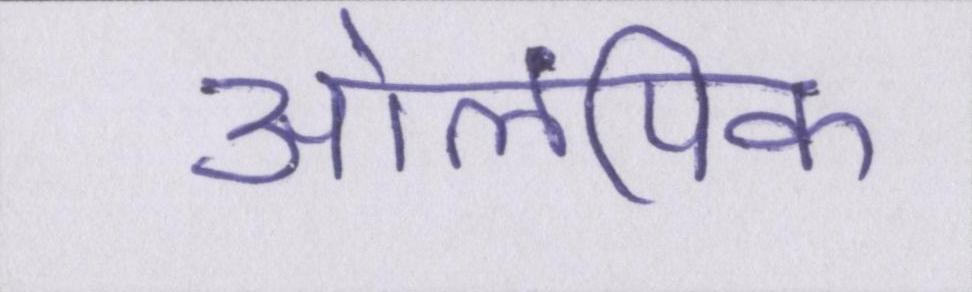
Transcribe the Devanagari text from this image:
ओलंपिक